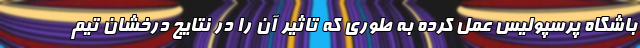
باشگاه پرسپولیس عمل کرده به طوری که تاثیر آن را در نتایج درخشان تیم